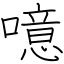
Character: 噫